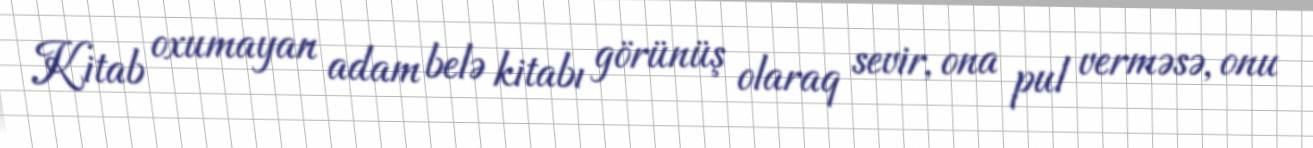
Kitab oxumayan adam belə kitabı görünüş olaraq sevir, ona pul verməsə, onu